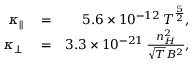
\begin{array} { r l r } { \kappa _ { \parallel } } & { { } = } & { 5 . 6 \times 1 0 ^ { - 1 2 } \, T ^ { \frac { 5 } { 2 } } , } \\ { \kappa _ { \perp } } & { { } = } & { 3 . 3 \times 1 0 ^ { - 2 1 } \, \frac { n _ { H } ^ { 2 } } { \sqrt { T } B ^ { 2 } } , } \end{array}